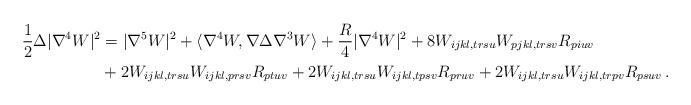
LaTeX: \begin{align*}\frac{1}{2}\Delta|\nabla^4 W|^{2} &= |\nabla^{5} W|^{2} + \langle \nabla^4 W, \nabla \Delta \nabla^3 W \rangle +\frac{R}{4}|\nabla^4 W|^{2}+ 8 W_{ijkl,trsu}W_{pjkl,trsv}R_{piuv}\\ &+2W_{ijkl,trsu}W_{ijkl,prsv}R_{ptuv}+2W_{ijkl,trsu}W_{ijkl,tpsv}R_{pruv}+2W_{ijkl,trsu}W_{ijkl,trpv}R_{psuv}\,.\end{align*}